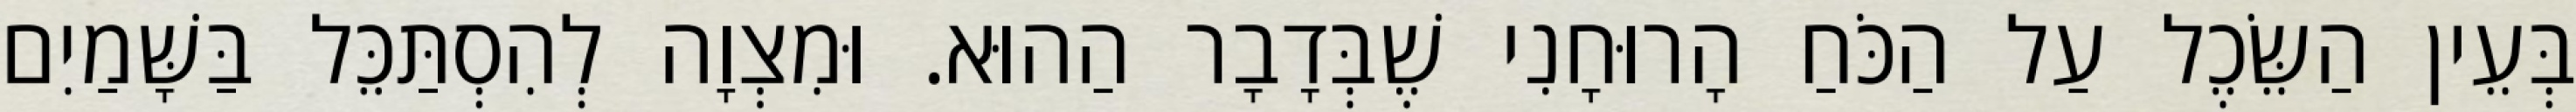
בְּעֵין הַשֵּׂכֶל עַל הַכֹּחַ הָרוּחָנִי שֶׁבְּדָבָר הַהוּא. וּמִצְוָה לְהִסְתַּכֵּל בַּשָּׁמַיִם